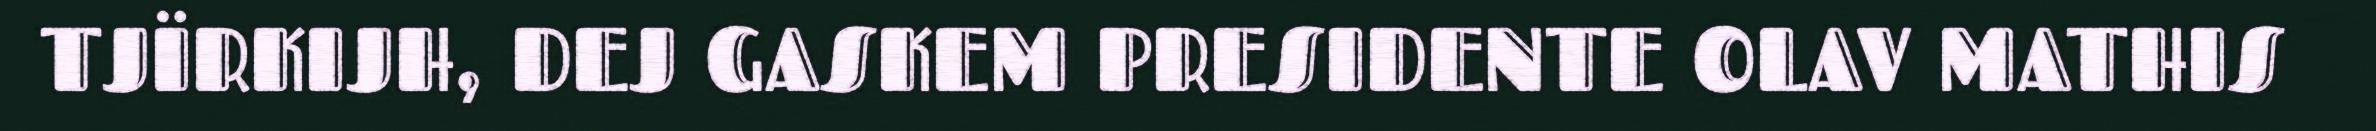
TJÏRKIJH, DEJ GASKEM PRESIDENTE OLAV MATHIS